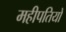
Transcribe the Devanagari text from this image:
महीपतियों